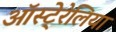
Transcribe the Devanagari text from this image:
ऑस्टे्रेलिया